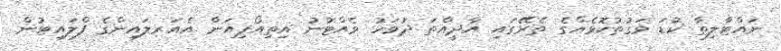
ނައްޓާލިތާ ކުޑަ ވަގުތުކޮޅެއްގެ ތެރޭގައި އާދީއްތަ ދުވަހު ވެއްޓުނު އިތިއޯޕިއަން އެއަރލައިންގެ ފްލައިޓުން